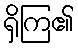
ရှိကြ၏